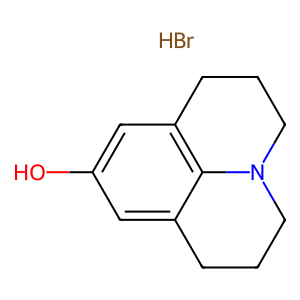
SMILES: Br.Oc1cc2c3c(c1)CCCN3CCC2
Inhibits HIV replication: No